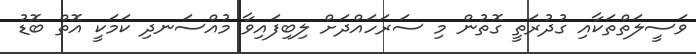
ވަސީލަތްތަކާއި ގުދުރަތީ ގޮތުން މި ސަރަހައްދަށް ލިބިފައިވާ މުއްސަނދި ކަމަކީ އޮތް ބޮޑު